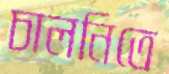
চালনিতে